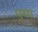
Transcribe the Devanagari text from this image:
पुचा